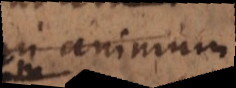
in animum